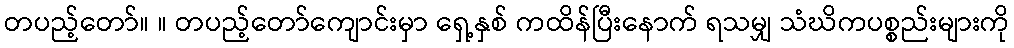
တပည့်တော်။ ။ တပည့်တော်ကျောင်းမှာ ရှေ့နှစ် ကထိန်ပြီးနောက် ရသမျှ သံဃိကပစ္စည်းများကို